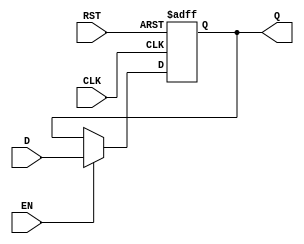
module stage_register #(
    parameter WIDTH = 8  // Define the width of the register (default is 8 bits)
)(
    input wire [WIDTH-1:0] D,      // Data input
    input wire CLK,                 // Clock input
    input wire RST,                 // Reset input
    input wire EN,                  // Enable input
    output reg [WIDTH-1:0] Q        // Data output
);

// Asynchronous reset
always @(posedge CLK or posedge RST) begin
    if (RST) begin
        Q <= {WIDTH{1'b0}};         // Reset to zero
    end else if (EN) begin
        Q <= D;                     // Capture data on clock edge if enabled
    end
end

endmodule